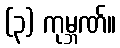
(၃) ကုမ္ဘဏ်။